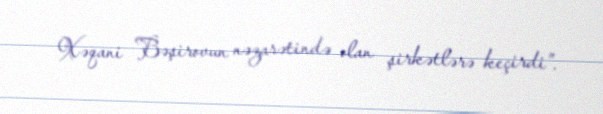
Xəqani Bəşirovun nəzarətində olan şirkətlərə keçirdi”.